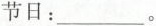
节日：___。